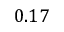
0 . 1 7